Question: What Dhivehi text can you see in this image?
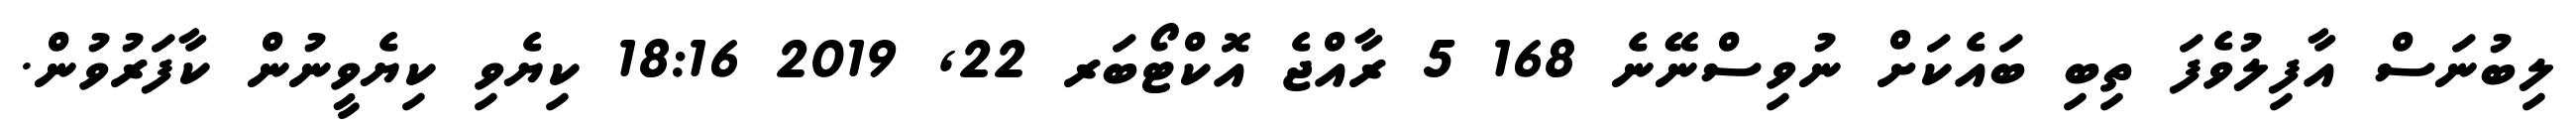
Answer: ލިބުނަސް އާފިލުވެފަ ތިބި ބައެކަށް ނުވިސްނޭނެ 168 5 ރާއްޖެ އޮކްޓޯބަރ 22, 2019 18:16 ކިޔެވި ކިޔެވީނުން ކާފަރުވުން.